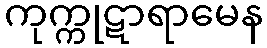
ကုက္ကုဋာရာမေန